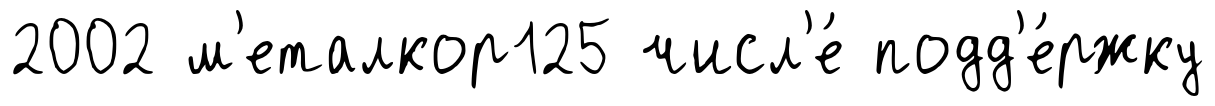
2002 м'еталкор125 числ'е́ подд'е́ржку